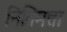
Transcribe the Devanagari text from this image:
नितिमत्ता